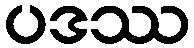
ပဒဿ